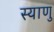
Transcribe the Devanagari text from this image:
स्याणु